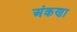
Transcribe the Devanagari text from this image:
अंकणा